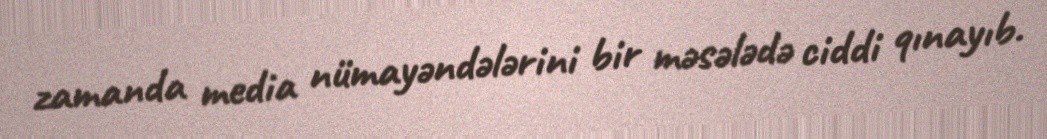
zamanda media nümayəndələrini bir məsələdə ciddi qınayıb.